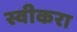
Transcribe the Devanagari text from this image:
स्वीकरा